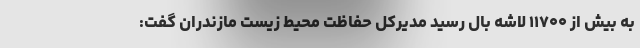
به بیش از ۱۱۷۰۰ لاشه بال رسید مدیرکل حفاظت محیط زیست مازندران گفت: